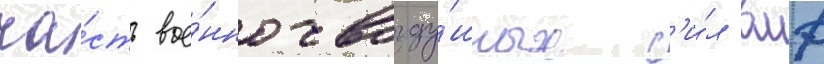
ча́сть вое́нно-возду́шных с'и́л вмф